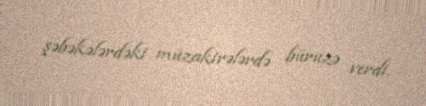
şəbəkələrdəki müzakirələrdə büruzə verdi.